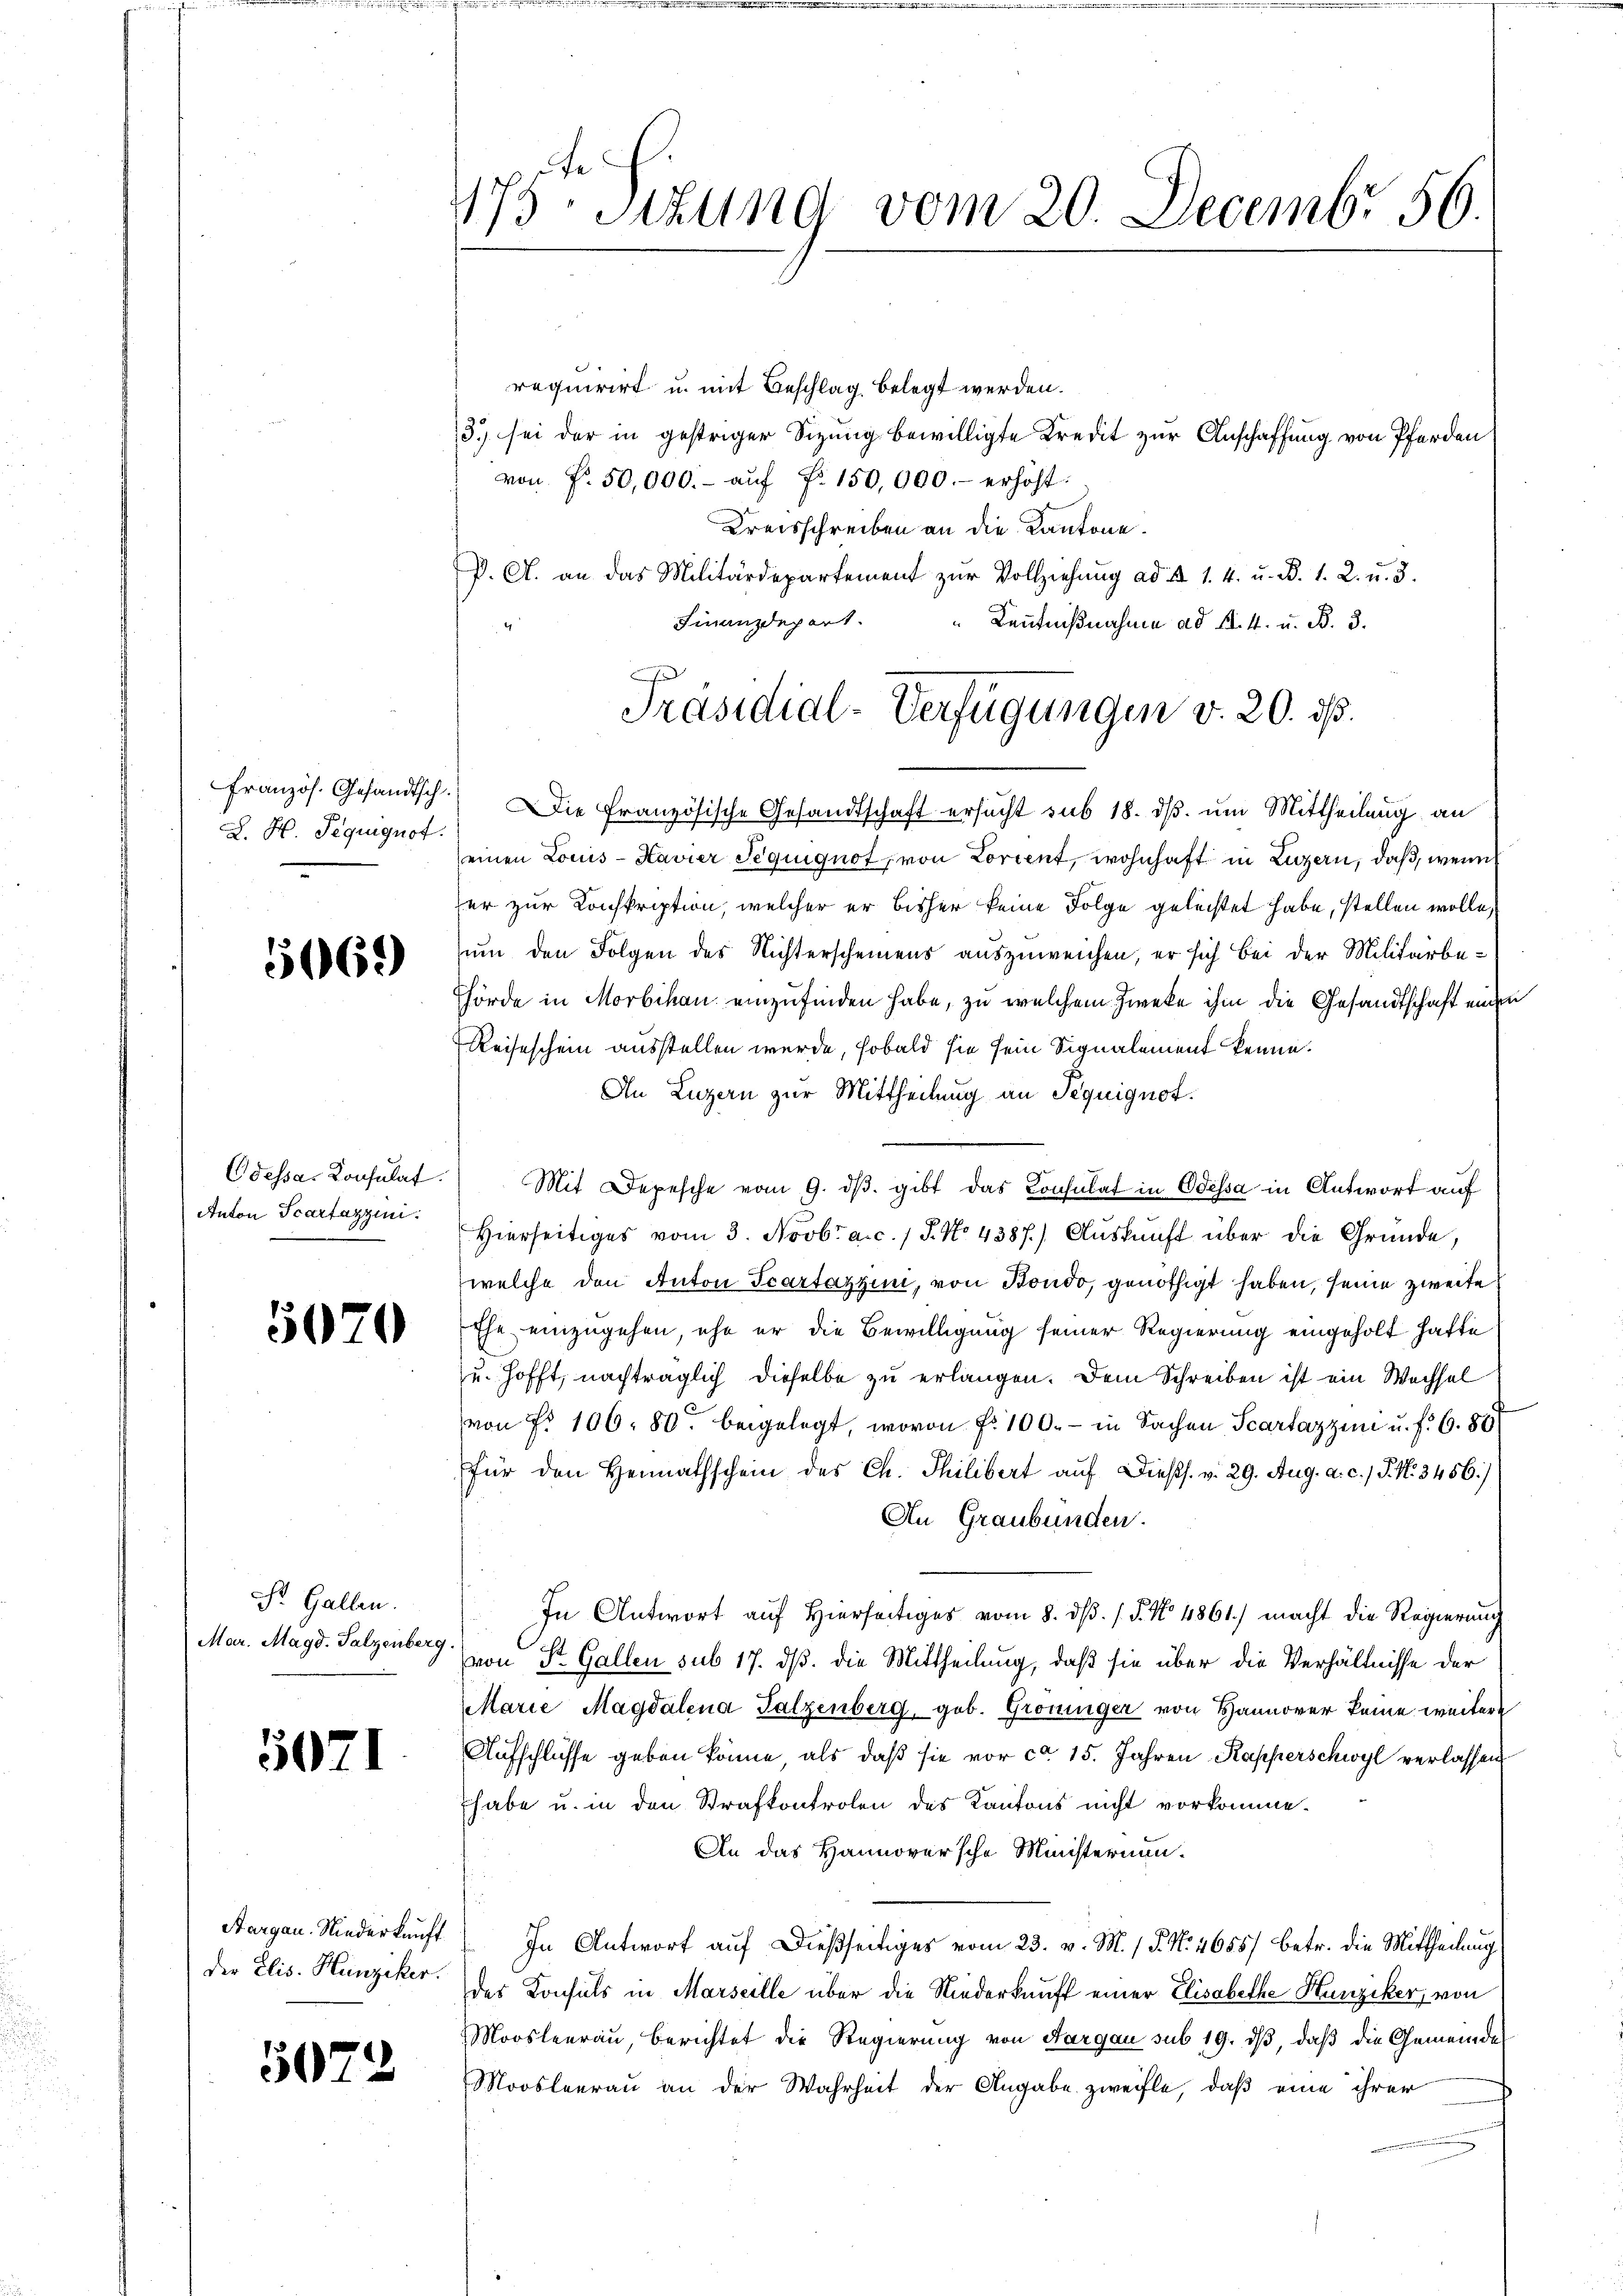
L. H. Requiquot.

5069)

5070

St. Gallen.
Mar. Magd. Palzenberg.

3071

der Elis. Hunziker.

5072

2
475. Sitzung vom 20. Decembr 56.

requirirt u. mit Beschlag belegt werden.
3.) sei der in gestriger Sizung bewilligte Kredit zur Anschaffung von Pferden
von Fr. 50,000.- aŭf Fr. 150,000.- erhöht:
Kreisschreiben an die Kantone.
P. C. an das Militärdepartement zur Vollziehung ad A 1. 4. u. d. 1. 2. u. 3.
Finanzdepart.
Kenntnißnahme ad A. 4. u. B. 3.
französ. Gesandtsch. Die französische Gesandtschaft ersucht sub 18. ds. um Mittheilung an
einen Louis-Kavier Teguignot, von Lorient, wohnhaft in Luzern, daß, wenn
fer zur Konskription, welcher er bisher keine Folge geleistet habe, stellen wolle,
sum den Folgen des Nichterscheinens auszuweichen, er sich bei der Militärbe¬
Thörde in Morbikau einzufinden habe, zu welchem Zweke ihm die Gesandtschaft einen
Reiseschein ausstellen wurde, sobald sie sein Signalement kenne.
An Luzern zur Mittheilung an Sequignot.
Odessa. Consulat. Mit Depesche vom 9. dβ. gibt das Consulat in Odessa in Antwort auf
Anton Scartazzen. Hierseitiges vom 3. Novbr a.c. / 5. No 4387) Aŭskŭnft über die Gründe,
welche den Anton Scartazzini, von Bondo, genöthigt haben, seine zweite
Ehe einzugehen, ehe er die Bewilligung seiner Regierung eingeholt hatte
u hofft, nachträglich dieselbe zu erlangen. Dem Schreiben ist ein Wechsel
von No 106. 80. beigelegt, wovon fr. 100.- in Sachen Scartazzin u. f. 6. 80
für den Heimathschein des Ch. Philibert auf dießs. v. 29. Aug. a. c. 1 S. N. 3456)
An Graubünden.
In Antwort auf Hierseitiges vom 8. dβ. / 5. No. 4861) macht die Regierung
von Str. Gallen sub 17. dß. die Mittheilung, daß sie über die Verhältnisse der
Marie Magdalena Salzenberg, gob. Gröninger von Hannover keine weitere
Aufschlüsse geben könne, als daß sie vor ca 15. Jahren Kapperschwyl verlassen,
habe u. in den Strafkontrolen des Kantons nicht vorkomme.
An das Hannoversche Ministerium.
Aargau. Niederkauft ( In Antwort auf dießseitiges vom 23. v. M. / P. Nr. 4655) betr. die Mittheilung
des Konsuls in Marseille über die Niederkunft einer Elisabethe Hunziker, von
Moosleerau, berichtet die Regierung von Aargau sub 19. dβ, daß die Gemeinde
Moosleerau an der Wahrheit der Angabe zweifle, daß eine ihrer

Präsidial-Verfügungen v. 20. ds.